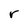
Character: r